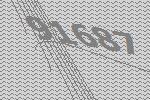
91687